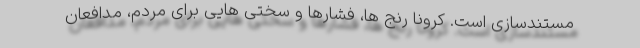
مستندسازی است. کرونا رنج ها، فشارها و سختی هایی برای مردم، مدافعان